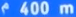
400m